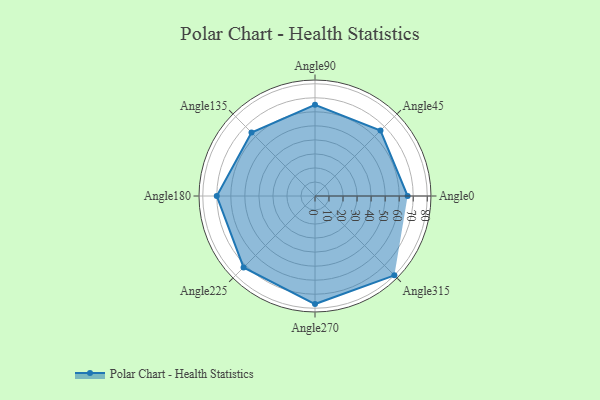
{"axis": {"x": "Angle", "y": "Radius"}, "legend": [""], "data": [{"x": "Angle0", "y": 66.0, "type": ""}, {"x": "Angle45", "y": 66.0, "type": ""}, {"x": "Angle90", "y": 65.0, "type": ""}, {"x": "Angle135", "y": 64.0, "type": ""}, {"x": "Angle180", "y": 70.0, "type": ""}, {"x": "Angle225", "y": 72.0, "type": ""}, {"x": "Angle270", "y": 77.0, "type": ""}, {"x": "Angle315", "y": 80.0, "type": ""}]}